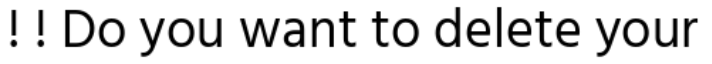
! ! Do you want to delete your